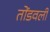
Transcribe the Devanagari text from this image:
तोंडवली